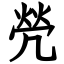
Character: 焭